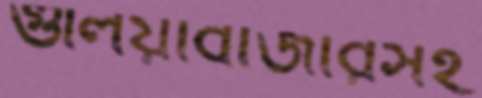
গুলিয়াবাজারসহ